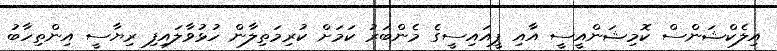
އިލެކްޝަންސް ކޮމިޝަންއީސީ އާއި ޕީއައިސީގެ މެންބަރު ކަމަށް ކުރިމަތިލާން ހުޅުވާލައިިފި ރިޔާސީ އިންތިހާބު